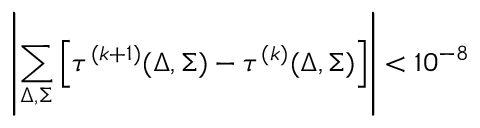
\displaystyle \left| \sum _ { \Delta , \Sigma } \left[ \tau ^ { ( k + 1 ) } ( \Delta , \Sigma ) - \tau ^ { ( k ) } ( \Delta , \Sigma ) \right] \right| < 1 0 ^ { - 8 }